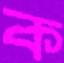
ক